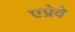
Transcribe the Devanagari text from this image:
एप्रेवे